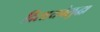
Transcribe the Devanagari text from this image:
दिसायचेसुद्धा